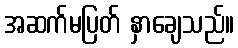
အဆက်မပြတ် နှာချေသည်။